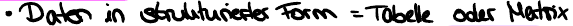
Daten in strukturierter Form = Tabelle oder Matrix